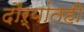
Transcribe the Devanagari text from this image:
दौऱ्यांतही